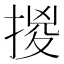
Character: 㨑